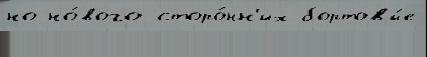
но но́вого сторо́нн'их бортовы́е